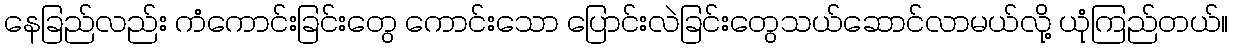
နေခြည်လည်း ကံကောင်းခြင်းတွေ ကောင်းသော ပြောင်းလဲခြင်းတွေသယ်ဆောင်လာမယ်လို့ ယုံကြည်တယ်။